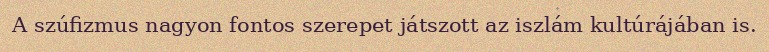
A szúfizmus nagyon fontos szerepet játszott az iszlám kultúrájában is.